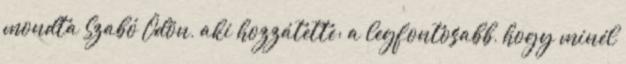
mondta Szabó Ödön, aki hozzátette: a legfontosabb, hogy minél